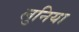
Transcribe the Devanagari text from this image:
लुनिया